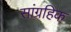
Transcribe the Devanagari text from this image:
सांग्रहिक